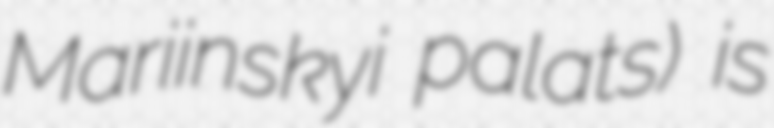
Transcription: Mariinskyi palats) is